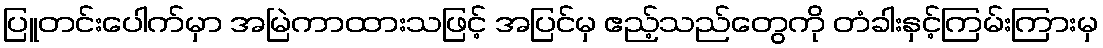
ပြူတင်းပေါက်မှာ အမြဲကာထားသဖြင့် အပြင်မှ ဧည့်သည်တွေကို တံခါးနှင့်ကြမ်းကြားမှ